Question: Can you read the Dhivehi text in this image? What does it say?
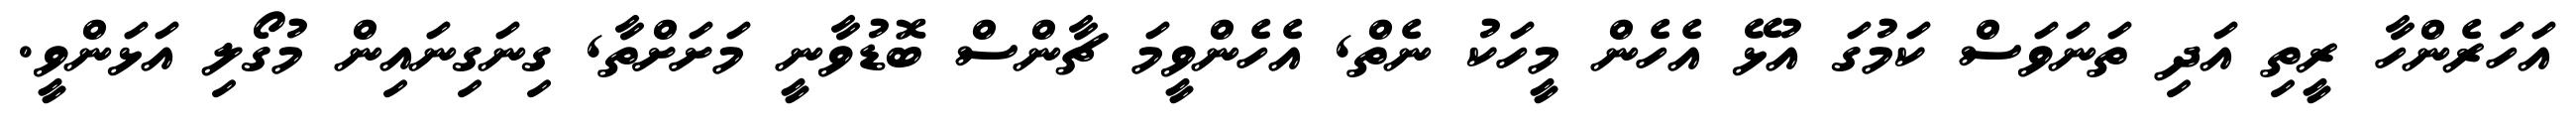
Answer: އަހަރެންހާ ރީތި އަދި ތަނަވަސް ކަމުގަ އުޅޭ އެހެން މީހަކު ނެތް, އެހެންވީމަ ޗާންސް ބޮޑުވާނީ މަށަށްތާ, ގިނަގިނައިން މުގޯލި އަޅަންވީ.